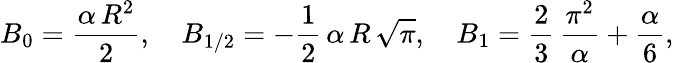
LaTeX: B_{0}=\frac{\alpha\, R^{2}}{2},\quad B_{1/2}=-\frac{1}{2}\, \alpha\, R\, \sqrt\pi,\quad B_{1}=\frac{2}{3}\, \frac{\pi^{2}}{\alpha}+\frac{\alpha}{6},